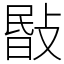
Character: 敯